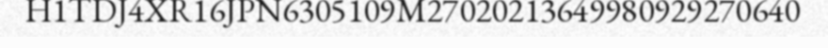
H1TDJ4XR16JPN6305109M27020213649980929270640